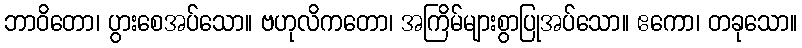
ဘာဝိတော၊ ပွားစေအပ်သော။ ဗဟုလိကတော၊ အကြိမ်များစွာပြုအပ်သော။ ဧကော၊ တခုသော။